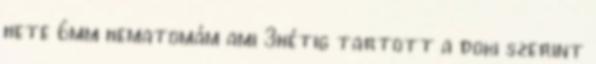
hete 6mm hematomám ami 3hétig tartott a doki szerint